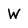
Character: W